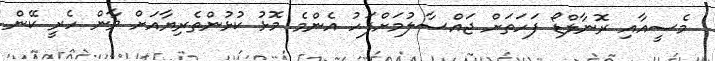
މެސީއާއި ރޮނާލްޑޯ ފަހަތަށް ޖައްސާލުމަށްފަހު އެންމެ މޮޅު ކުޅުންތެރިޔާއަށް ވާން ހެރީ ކޭން